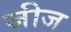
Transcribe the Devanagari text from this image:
जीज